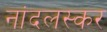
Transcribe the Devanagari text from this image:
नांदलस्कर